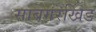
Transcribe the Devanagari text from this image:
साबगरखिंड